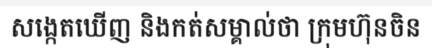
សង្កេតឃើញ និងកត់សម្គាល់ថា ក្រុមហ៊ុនចិន